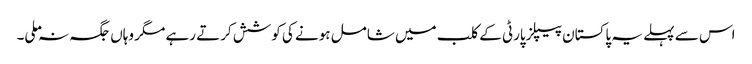
اس سے پہلے یہ پاکستان پیپلزپارٹی کے کلب میں شامل ہونے کی کوشش کرتے رہے مگر وہاں جگہ نہ ملی۔